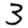
Digit: 3